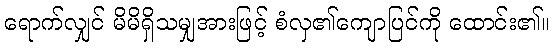
ရောက်လျှင် မိမိရှိသမျှအားဖြင့် စံလှ၏ကျောပြင်ကို ထောင်း၏။